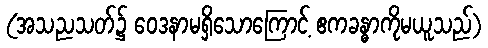
(အသညသတ်၌ ဝေဒနာမရှိသောကြောင့် ဧကခန္ဓာကိုမယူသည်)